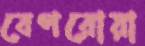
বেপরোয়া